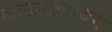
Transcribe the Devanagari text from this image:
वाजरत्नायन